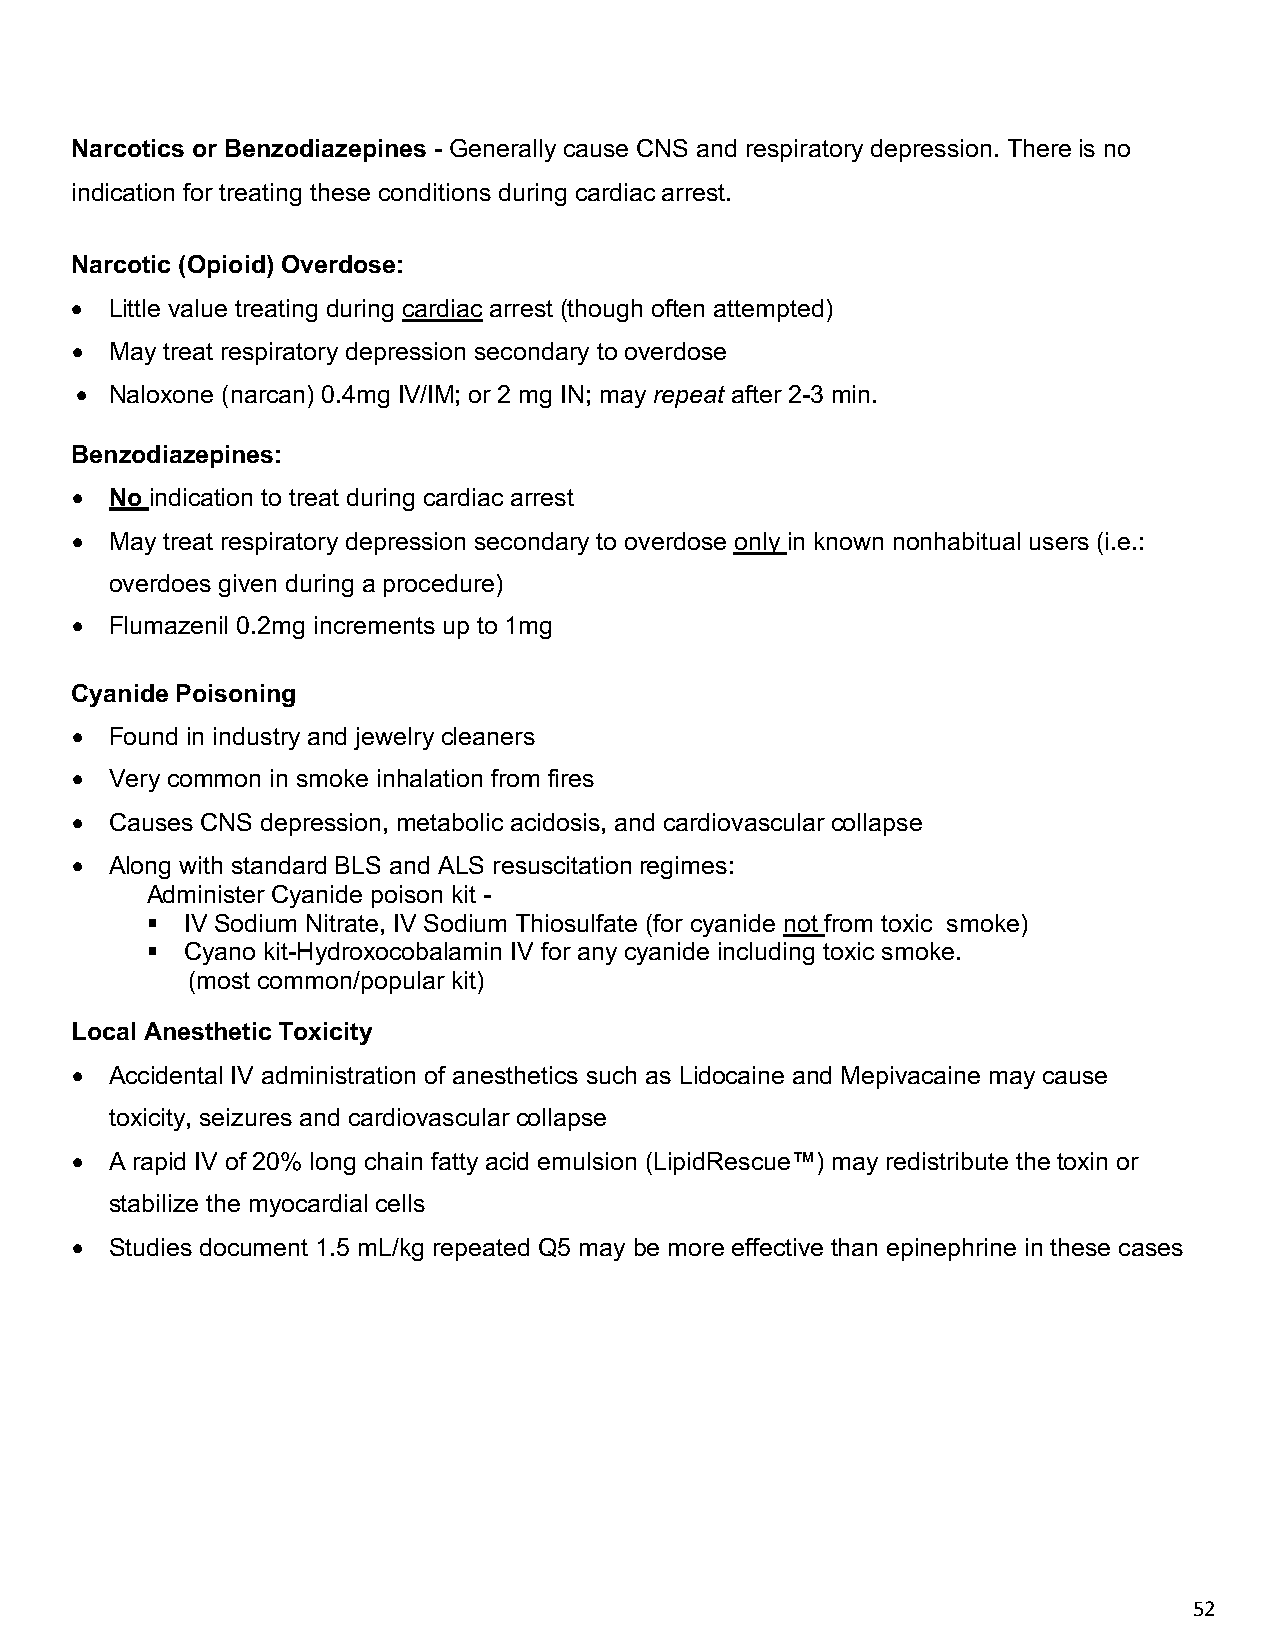
Narcotics or Benzodiazepines - Generally cause CNS and respiratory depression. There is no
 indication for treating these conditions during cardiac arrest.
 Narcotic (Opioid) Overdose:
 • Little value treating during cardiac arrest (though often attempted)
 • May treat respiratory depression secondary to overdose
 • Naloxone (narcan) 0.4mg IV/IM; or 2 mg IN; may repeat after 2-3 min.
 Benzodiazepines:
 • No indication to treat during cardiac arrest
 • May treat respiratory depression secondary to overdose only in known nonhabitual users (i.e.:
 overdoes given during a procedure)
 • Flumazenil 0.2mg increments up to 1mg
 Cyanide Poisoning
 • Found in industry and jewelry cleaners
 • Very common in smoke inhalation from fires
 • Causes CNS depression, metabolic acidosis, and cardiovascular collapse
 • Along with standard BLS and ALS resuscitation regimes:
 Administer Cyanide poison kit -
 § IV Sodium Nitrate, IV Sodium Thiosulfate (for cyanide not from toxic smoke)
 § Cyano kit-Hydroxocobalamin IV for any cyanide including toxic smoke.
 (most common/popular kit)
 Local Anesthetic Toxicity
 • Accidental IV administration of anesthetics such as Lidocaine and Mepivacaine may cause
 toxicity, seizures and cardiovascular collapse
 • A rapid IV of 20% long chain fatty acid emulsion (LipidRescue™) may redistribute the toxin or
 stabilize the myocardial cells
 • Studies document 1.5 mL/kg repeated Q5 may be more effective than epinephrine in these cases
 52